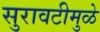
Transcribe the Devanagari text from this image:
सुरावटीमुळे